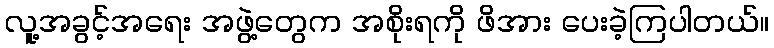
လူ့အခွင့်အရေး အဖွဲ့တွေက အစိုးရကို ဖိအား ပေးခဲ့ကြပါတယ်။